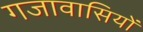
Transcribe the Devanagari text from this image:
गजावासियों